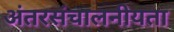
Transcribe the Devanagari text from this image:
अंतरसंचालनीयता